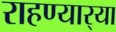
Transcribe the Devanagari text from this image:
राहण्यार्‍या